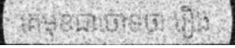
គេមុខជាចោទថា រឿង